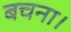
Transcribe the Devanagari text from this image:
बचना।